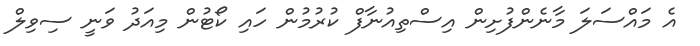
އެ މައްސަލަ މާނެންފުށިން އިސްތިއުނާފް ކުރުމުން ހައި ކޯޓުން މިއަދު ވަނީ ސިވިލް